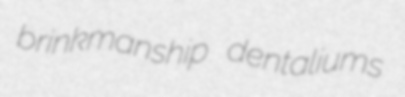
brinkmanship dentaliums